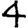
Digit: 4